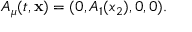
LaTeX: A _ { \mu } ( t , { \bf x } ) = ( 0 , A _ { 1 } ( x _ { 2 } ) , 0 , 0 ) .